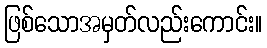
ဖြစ်သောအမှတ်လည်းကောင်း။